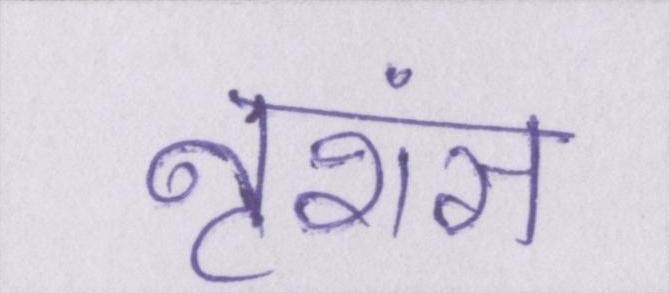
नृशंस